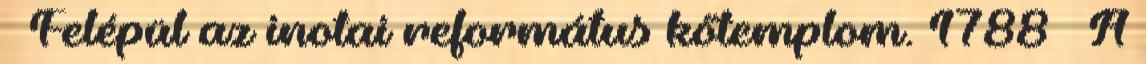
– Felépül az inotai református kőtemplom. 1788 – A